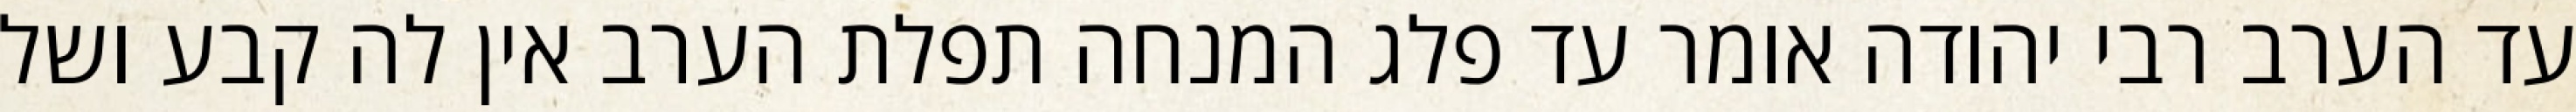
עד הערב רבי יהודה אומר עד פלג המנחה תפלת הערב אין לה קבע ושל